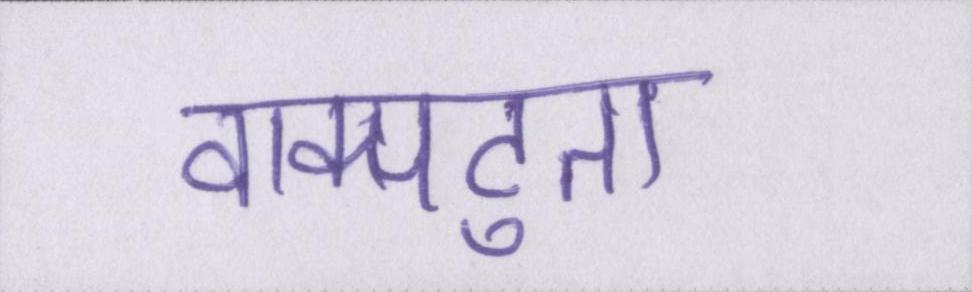
वाक्पटुता